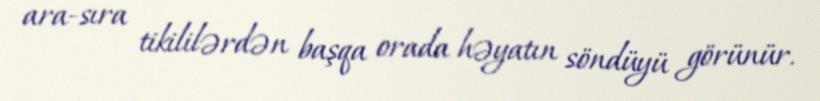
ara-sıra tikililərdən başqa orada həyatın söndüyü görünür.